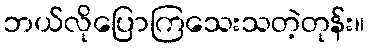
ဘယ်လိုပြောကြသေးသတဲ့တုန်း။